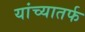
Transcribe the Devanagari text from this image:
यांच्यातर्फ